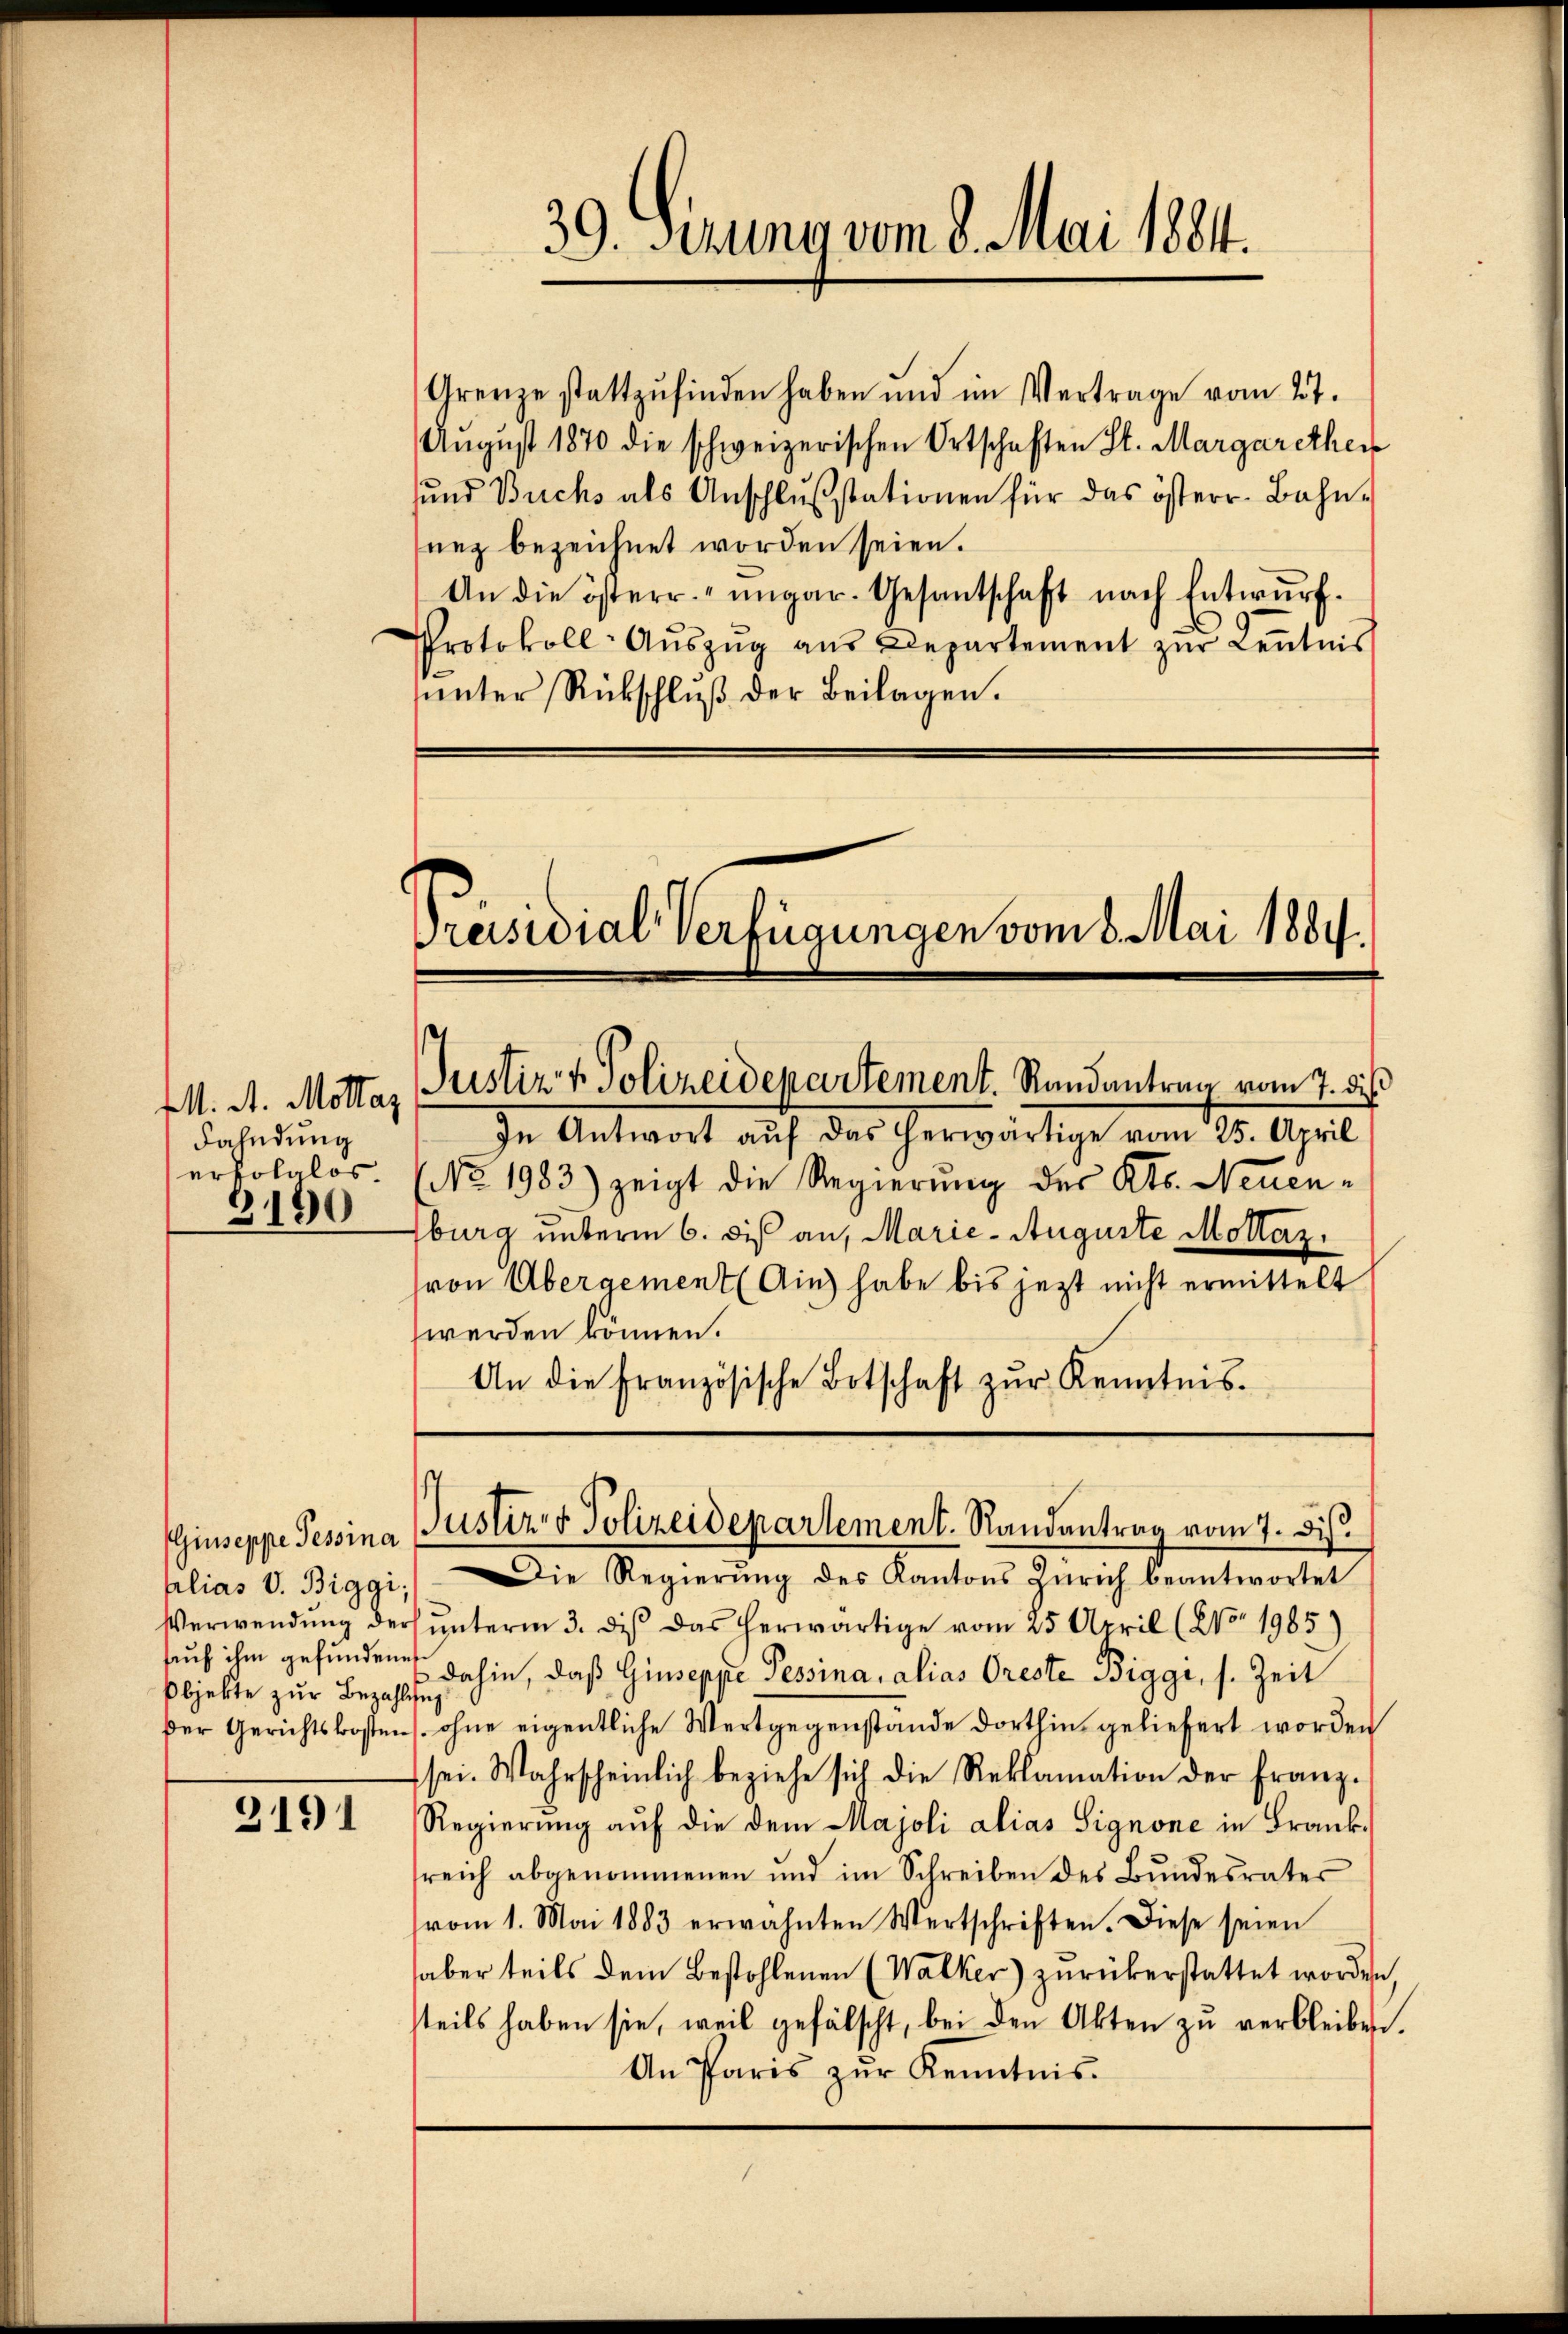
Fahndung
erfolglos
3190

Giuseppe Tessina
alias V. Biggi,
bjekte zur Bezahlesig

3191

Grenze stattzufinden haben und im Vertrage vom 27.
August 1870 die schweizerischen Ortschaften St. Margarethei
sund Buchs als Anschlŭsstationen für das österr. Bahn-
nez bezeichnet worden seien.
An die österr. ungar. Gesantschaft nach Entwurf.
Protokoll-Auszug aus Departement zur Kenntnis
unter Rückschluß der Beilagen.
Preisidial-Verfügungen vom 8. Mai 1884.

39. Derung vom 8. Mai 1884.

M. A. Mottas Justiz- & Polizeidepartement. Randantrag vom 7. dies

In Antwort auf das herwärtige vom 25. April
No. 1983) zeigt die Regierung des Kts. Neuen-
sburg unterm 6. dis an, Marie - Auguste Mottaz
(von Übergement (Ain) habe bis jezt nicht ermittelt
werden können.
An die Französische Botschaft zŭr Kenntnis.

Justiz & Polizeidepartement. Randantrag vom 7. Dis

Die Regierŭng des Kantons Zürich beantwortet
Verwendung der unterm 3. dis das herwärtige vom 25. April (XV 1985)
such ihm gefundenes dahin, daß Giuseppe Tessina, alias Oreste Biggi, s. Zeit
der Gerichtskostens ohne eigentliche Wertgegenstande dorthin geliefert worden
sei. Wahrscheinlich beziehe sich die Reklamation der Franz-
Regierung auf die dem Majoli alias Signone in Frank
sreich abgenommenen und im Schreiben des Bundesrates
vom 1. Mai 1883 erwähnten Wertschriften. Diese seien
aber teils dem Bestohlenen (Walker) zurükerstattet worden,
steils haben sie, weil gefälscht, bei den Akten zu verbleiben.
An Paris zŭr Kenntnis.